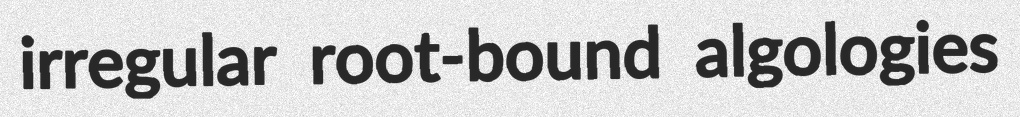
irregular root-bound algologies